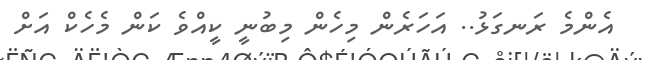
އެންމެ ރަނގަޅު.. އަހަރެން މިހެން މިބުނީ ކީއްވެ ކަން މެހެކް އަށް